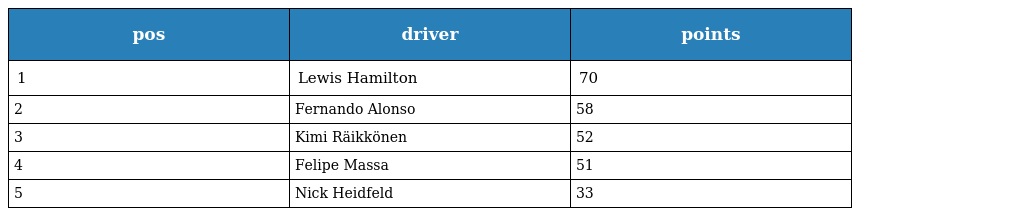
| pos | driver | points |
 | --- | --- | --- |
 | 1 | Lewis Hamilton | 70 |
 | 2 | Fernando Alonso | 58 |
 | 3 | Kimi Räikkönen | 52 |
 | 4 | Felipe Massa | 51 |
 | 5 | Nick Heidfeld | 33 |